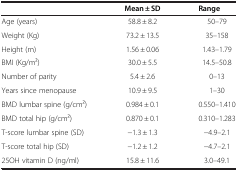
<table><thead><tr><td><b> </b></td><td><b>Mean ± SD</b></td><td><b>Range</b></td></tr></thead><tbody><tr><td>Age (years)</td><td>58.8 ± 8.2</td><td>50–79</td></tr><tr><td>Weight (Kg)</td><td>73.2 ± 13.5</td><td>35–158</td></tr><tr><td>Height (m)</td><td>1.56 ± 0.06</td><td>1.43–1.79</td></tr><tr><td>BMI (Kg/m2)</td><td>30.0 ± 5.5</td><td>14.5–50.8</td></tr><tr><td>Number of parity</td><td>5.4 ± 2.6</td><td>0–13</td></tr><tr><td>Years since menopause</td><td>10.9 ± 9.5</td><td>1–30</td></tr><tr><td>BMD lumbar spine (g/cm2)</td><td>0.984 ± 0.1</td><td>0.550–1.410</td></tr><tr><td>BMD total hip (g/cm2)</td><td>0.870 ± 0.1</td><td>0.310–1.283</td></tr><tr><td>T-score lumbar spine (SD)</td><td>−1.3 ± 1.3</td><td>−4.9–2.1</td></tr><tr><td>T-score total hip (SD)</td><td>−1.2 ± 1.2</td><td>−4.7–2.1</td></tr><tr><td>25OH vitamin D (ng/ml)</td><td>15.8 ± 11.6</td><td>3.0–49.1</td></tr></tbody></table>